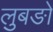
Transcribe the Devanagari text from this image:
लुबङो